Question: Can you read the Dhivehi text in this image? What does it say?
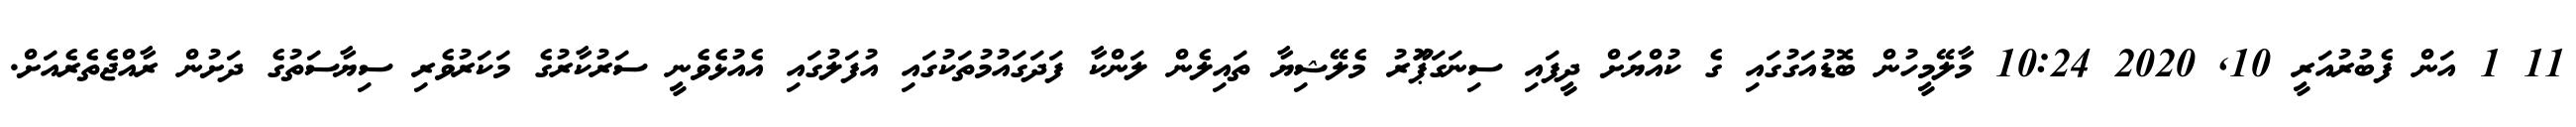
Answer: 11 1 އަން ފެބުރުއަރީ 10, 2020 10:24 މާލޭމީހުން ބޮޑުއަގުގައި ގެ ކުއްޔަށް ދީފައި ސިނަގަޕަޫރު މެލޭޝިޔާ ތައިލެން ލަންކާ ފަދަގައުމުތަކުގައި އުފަލުގައި އެއުޅެވެނީ ސަރުކާރުގެ މަކަރުވެރި ސިޔާސަތުގެ ދަށުން ރާއްޖެތެރެއަށް.